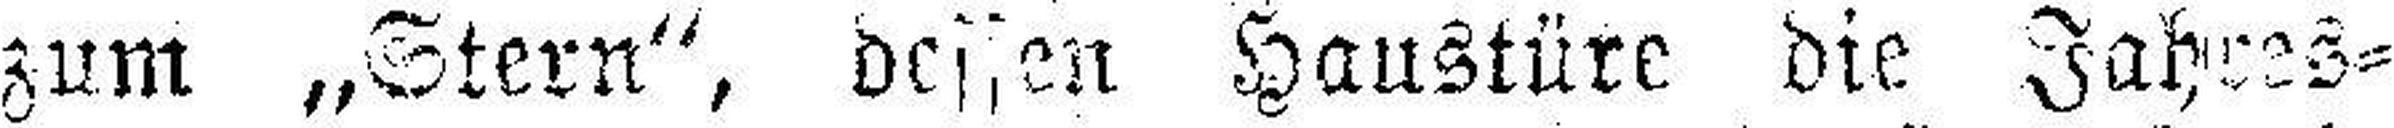
zum „Stern“, dessen Haustüre die Jahres¬